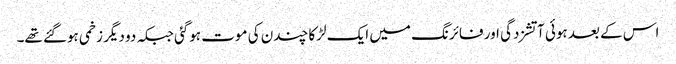
اس کے بعد ہوئی آتشزدگی اور فائرنگ میں ایک لڑکا چندن کی موت ہوگئی جبکہ دو دیگر زخمی ہوگئے تھے۔